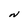
Character: N